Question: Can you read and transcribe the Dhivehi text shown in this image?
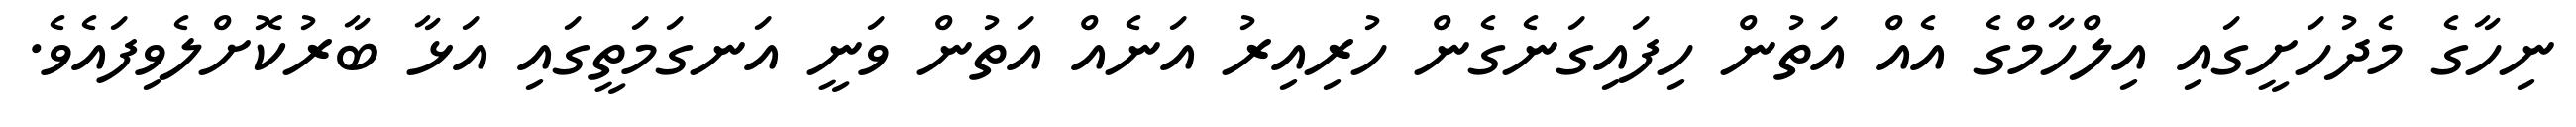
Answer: ނިހާގެ މެދުހަށީގައި އިލްހާމްގެ އެއް އަތުން ހިފައިގަނެގެން ހުރިއިރު އަނެއް އަތުން ވަނީ އަނގަމަތީގައި އަޅާ ބާރުކޮށްލެވިފައެވެ.